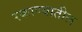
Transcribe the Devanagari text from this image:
रकाण्यातील